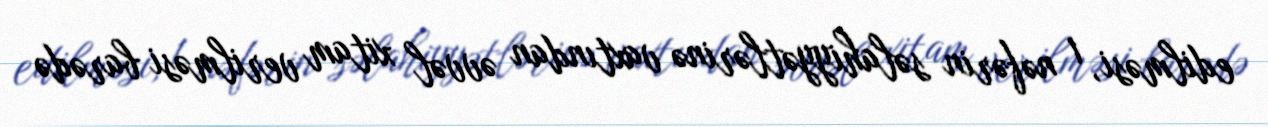
edilməsi, 1 nəfərin səlahiyyətlərinə vaxtından əvvəl xitam verilməsi barədə